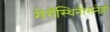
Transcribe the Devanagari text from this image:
मेगॅस्थिनीसनेही